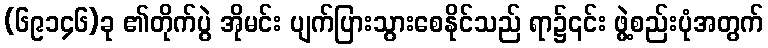
(၆၉၁၄၆)ခု ၏တိုက်ပွဲ အိုမင်း ပျက်ပြားသွားစေနိုင်သည် ရာ၌၎င်း ဖွဲ့စည်းပုံအတွက်